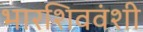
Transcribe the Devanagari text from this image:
भारशिववंशी